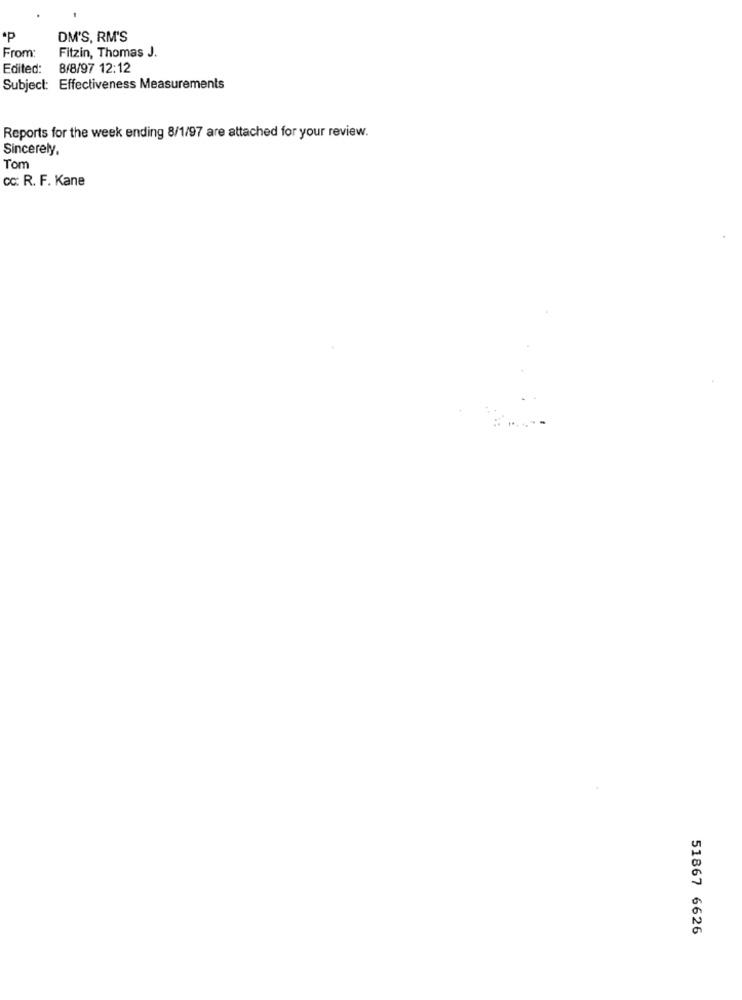
·p
DM'S, RM'S
From:
Fitzin, Thomas J.
Edited:
8/8/97 12:12
Subject: Effectiveness Measurements
Reports for the week ending 8/1/97 are attached for your review.
Sincerely,
Tom
cc: R. F. Kane
51867 6626